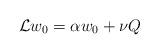
LaTeX: \begin{align*}\mathcal{L}w_0 = \alpha w_0 + \nu Q\end{align*}